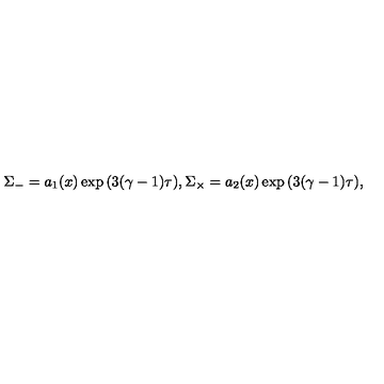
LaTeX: \Sigma _ { - } = a _ { 1 } ( x ) \exp { ( 3 ( \gamma - 1 ) \tau ) } , \Sigma _ { \times } = a _ { 2 } ( x ) \exp { ( 3 ( \gamma - 1 ) \tau ) } ,